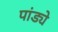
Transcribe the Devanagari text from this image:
पांड्ये